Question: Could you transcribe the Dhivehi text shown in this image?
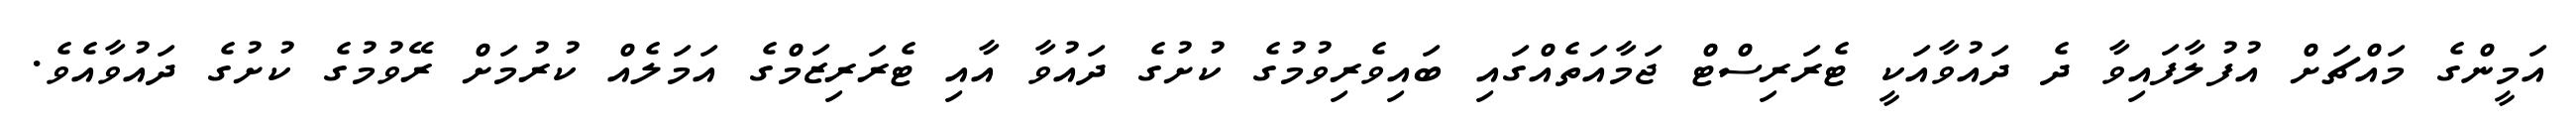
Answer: އަމީންގެ މައްޗަށް އުފުލާފައިވާ ދެ ދައުވާއަކީ ޓެރަރިސްޓް ޖަމާއަތެއްގައި ބައިވެރިވުމުގެ ކުށުގެ ދައުވާ އާއި ޓެރަރިޒަމްގެ އަމަލެއް ކުރުމަށް ރޭވުމުގެ ކުށުގެ ދައުވާއެވެ.